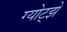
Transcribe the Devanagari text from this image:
ग्योट्झे